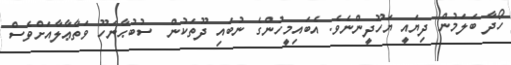
ހޯދާ ބަލަމުން ދިޔައީ ޔަހޫދީންނެވެ. އެބައިމީހުންގެ ނުބައި ދޫތަކުން  ސުބުޙާނަހޫ ވަތާޢާލާއަށްވެސް